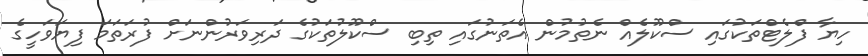
ހިޔާ ފްލެޓްތަކުގައި ސްކޫލެއް ނެތުމުން އެތަނުގައި ތިބި ސްކޫލުތަކުގެ ދަރިވަރުންނަށް ފުރަތަމަ ފިޔަވަހީގެ